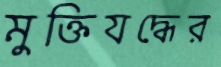
মুক্তিযদ্ধের